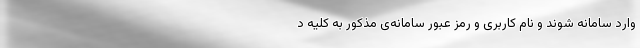
وارد سامانه شوند و نام کاربری و رمز عبور سامانه‌ی مذکور به کلیه د